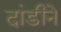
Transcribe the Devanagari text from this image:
दांडीने